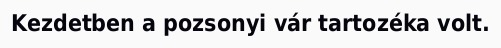
Kezdetben a pozsonyi vár tartozéka volt.